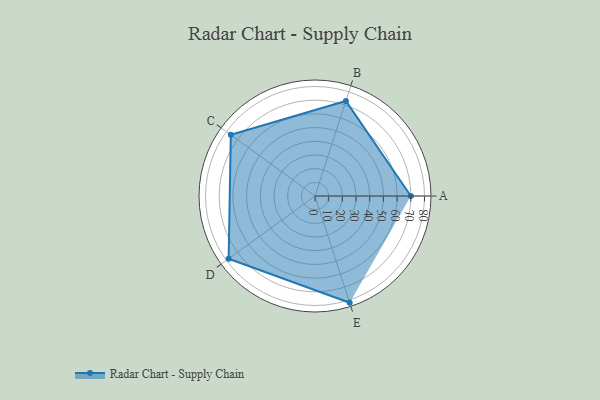
{"axis": {"x": "Skill", "y": "Score"}, "legend": ["Profile"], "data": [{"x": "A", "y": 70.0, "type": "Profile"}, {"x": "B", "y": 73.0, "type": "Profile"}, {"x": "C", "y": 76.0, "type": "Profile"}, {"x": "D", "y": 78.0, "type": "Profile"}, {"x": "E", "y": 82.0, "type": "Profile"}]}